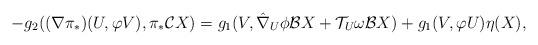
LaTeX: \begin{align*}-g_{2}((\nabla \pi_{\ast })(U,\varphi V),\pi _{\ast }\mathcal{C}X)&=g_{1}(V,\hat{\nabla}_{U}\phi\mathcal{B}X+\mathcal{T}_{U}\omega\mathcal{B}X)+g_{1}(V,\varphi U)\eta(X),\end{align*}